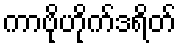
ကာဗိုဟိုက်ဒရိတ်